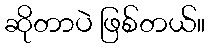
ဆိုတာပဲ ဖြစ်တယ်။